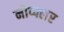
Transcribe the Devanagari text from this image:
नोप्फ्लर